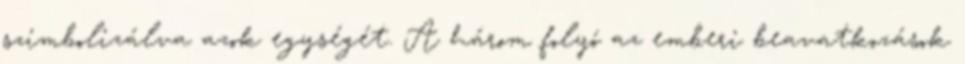
szimbolizálva azok egységét. A három folyó az emberi beavatkozások